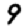
Digit: 9